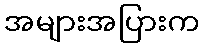
အများအပြားက